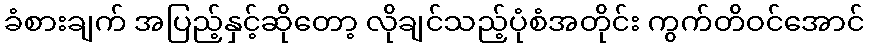
ခံစားချက် အပြည့်နှင့်ဆိုတော့ လိုချင်သည့်ပုံစံအတိုင်း ကွက်တိဝင်အောင်